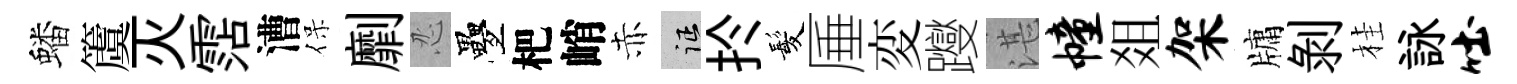
蟠𥵂灭霑漕保劘忍疊杷峭赤征扵髪厜変躞湛幢爼架牗剝桂詠吐